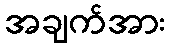
အချက်အား